Madras plague regulations and rules - Volume 1
Disease focus: Plague
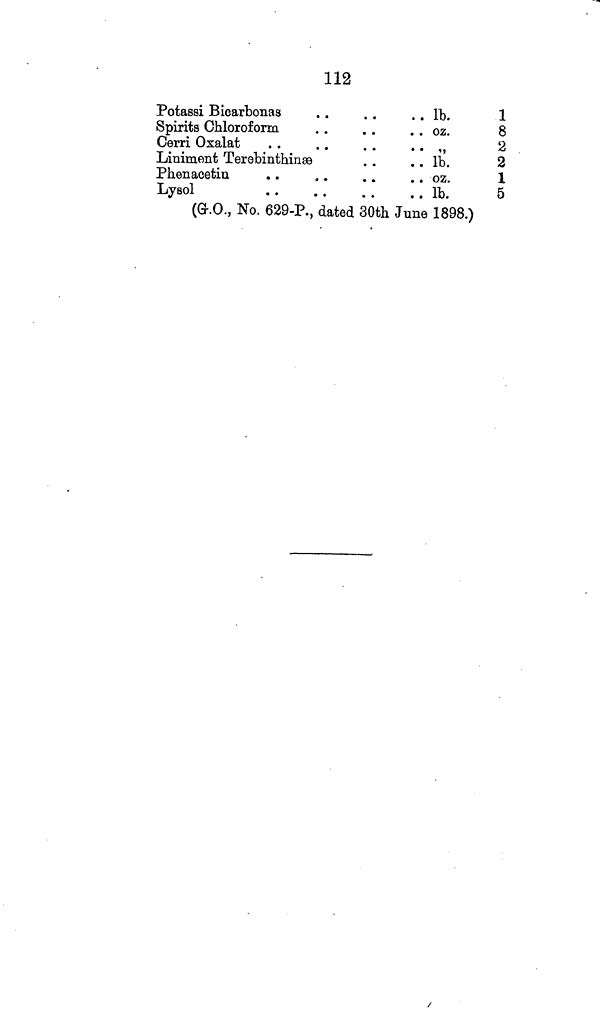
112
Potassi Bicarbonas
Spirits Chloroform
Cerri Oxalat
Liniment Terebinthinæ
Phenacetin
Lysol
lb.
oz.
,,
lb.
oz.
lb.
1
8
2
2
1
5
(G.O., No. 629-P., dated 30th June 1898.)